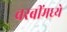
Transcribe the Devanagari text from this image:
चरबींमध्ये